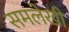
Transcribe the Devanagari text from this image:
समलेखी